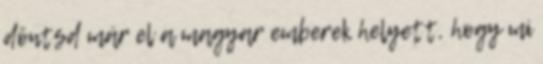
döntsd már el a magyar emberek helyett, hogy mi